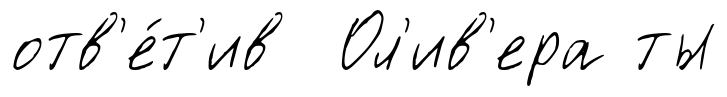
отв'е́т'ив Ол'ив'ера ты